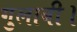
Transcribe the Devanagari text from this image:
गुलाबी।